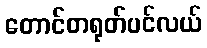
တောင်တရုတ်ပင်လယ်